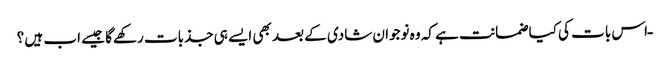
ـ اس بات کی کیا ضمانت ہے کہ وہ نوجوان شادی کے بعد بھی ایسے ہی جذبات رکھےگا جیسے اب ہیں ؟